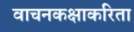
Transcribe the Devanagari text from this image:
वाचनकक्षाकरिता